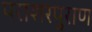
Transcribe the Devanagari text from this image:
पराशरपुराण